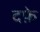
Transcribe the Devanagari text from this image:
दफ़े